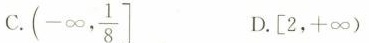
C.(- ∞ , \frac{1}{8}\right] D.\left[2，+∞ )